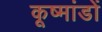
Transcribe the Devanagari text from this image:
कूष्मांडों